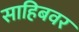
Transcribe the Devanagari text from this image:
साहिबवर